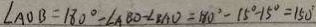
\angle A O B = 1 8 0 ^ { \circ } - \angle A B O - \angle B A O = 1 8 0 ^ { \circ } - 1 5 ^ { \circ } - 1 5 ^ { \circ } = 1 5 0 ^ { \circ }